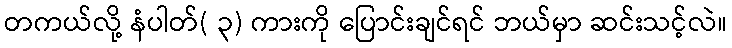
တကယ်လို့ နံပါတ်( ၃) ကားကို ပြောင်းချင်ရင် ဘယ်မှာ ဆင်းသင့်လဲ။